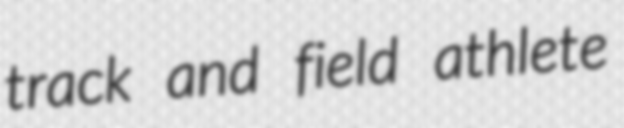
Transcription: track and field athlete